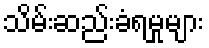
သိမ်းဆည်းခံရမှုများ